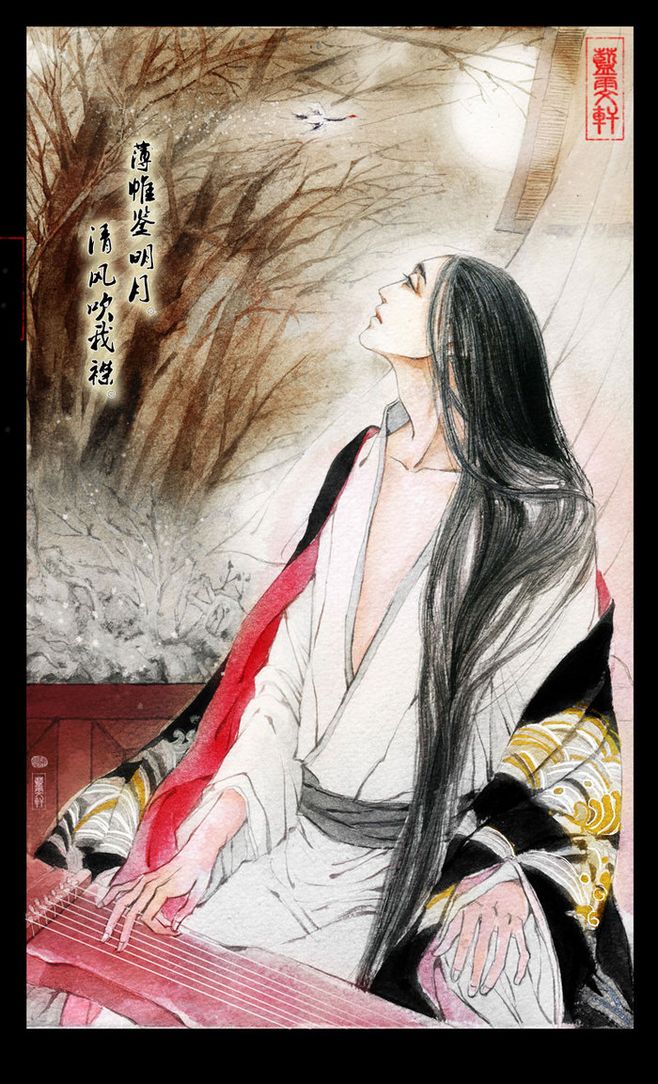
夜中不能寐，起坐弹鸣琴。